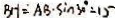
B H = A B \cdot \sin 3 0 ^ { \circ } = 1 5